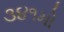
૩૪૧મો